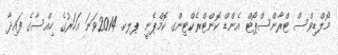
މޯލްޑިވްސް ޓްރާންސްޕޯޓް އެންޑް ކޮންޓްރެކްޓިންގ ކޮމްޕެނީ ޕލކ. 2014ވަނަ އަހަރުގެ ހިއްސާގެ ފައިދާ